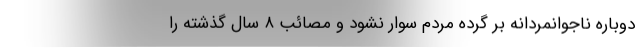
دوباره ناجوانمردانه بر گُرده مردم سوار نشود و مصائب ۸ سال گذشته را